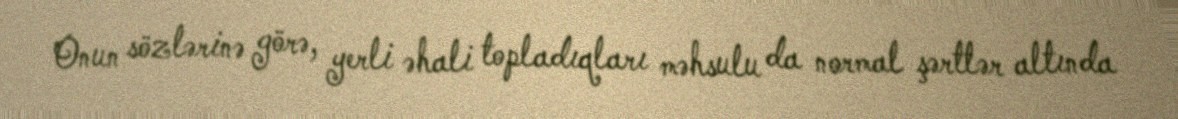
Onun sözlərinə görə, yerli əhali topladıqları məhsulu da normal şərtlər altında